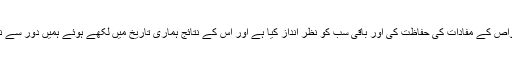
صرف طبقہ خواص کے مفادات کی حفاظت کی اور باقی سب کو نظر انداز کیا ہے اور اس کے نتائج ہماری تاریخ میں لکھے ہوئے ہمیں دور سے نظر آ رہے ہیں۔